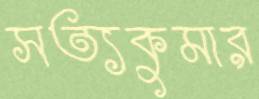
সত্যকুমার